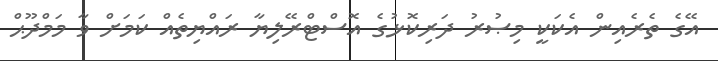
އޭގެ ތެރެއިން އެކަކީ މިޞުރު ދަރިކޮޅުގެ އޮސްޓްރޭލިޔާ ރައްޔިތެއް ކަމަށް ވާ މަމްދޫޙް